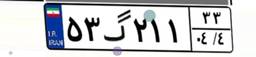
۵۳گ۲۱۱۳۳